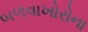
બળવાખોરોના